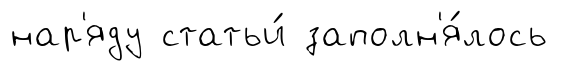
нар'яду статьи́ заполн'я́лось